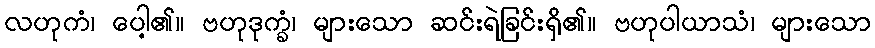
လဟုကံ၊ ပေါ့၏။ ဗဟုဒုက္ခံ၊ များသော ဆင်းရဲခြင်းရှိ၏။ ဗဟုပါယာသံ၊ များသော